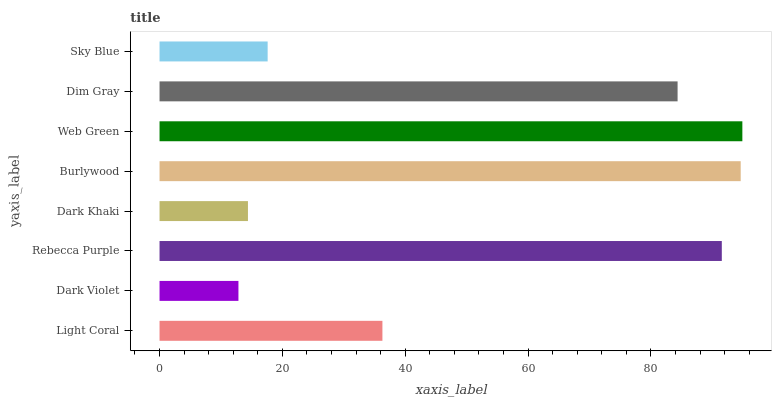
| yaxis_label | bars |
 | --- | --- |
 | Light Coral | 36.3 |
 | Dark Violet | 12.8 |
 | Rebecca Purple | 91.5 |
 | Dark Khaki | 14.4 |
 | Burlywood | 94.6 |
 | Web Green | 94.9 |
 | Dim Gray | 84.3 |
 | Sky Blue | 17.6 |